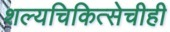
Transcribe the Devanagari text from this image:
शल्यचिकित्सेचीही